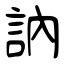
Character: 訥